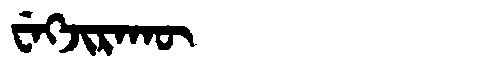
Manchu: ᠸᡝᡴᠵᡳᡵᠠᡴᡡ
Romanization: WEKJIRAKŪ